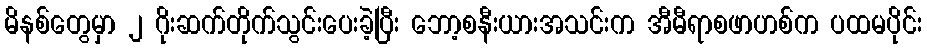
မိနစ်တွေမှာ ၂ ဂိုးဆက်တိုက်သွင်းပေးခဲ့ပြီး ဘော့စနီးယားအသင်းက အီမီရာစဖာဟစ်က ပထမပိုင်း